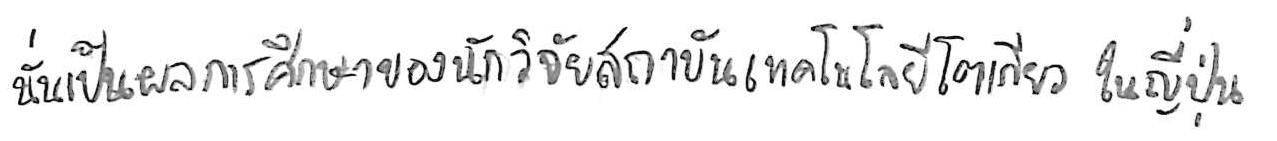
นั่นเป็นผลการศึกษาของนักวิจัยสถาบันเทคโนโลยีโตเกียว ในญี่ปุ่น